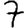
Digit: 7